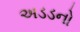
અડડનો